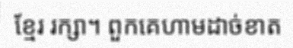
ខ្មែរ រក្សា។ ពួកគេហាមដាច់ខាត